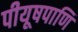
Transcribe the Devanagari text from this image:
पीयूषपाणि